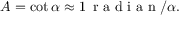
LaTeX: A = \cot \alpha \approx 1 \, { \textrm { r a d i a n } } / \alpha .